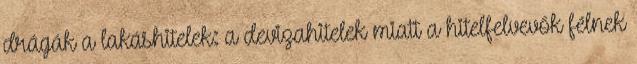
drágák a lakáshitelek: a devizahitelek miatt a hitelfelvevők félnek